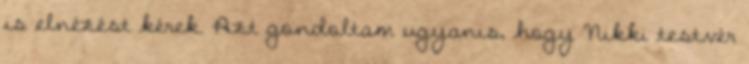
is elnézést kérek. Azt gondoltam ugyanis, hogy Nikki testvér